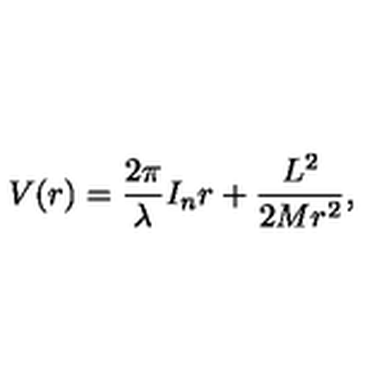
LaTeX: V ( r ) = \frac { 2 \pi } { \lambda } I _ { n } r + \frac { L ^ { 2 } } { 2 M r ^ { 2 } } ,